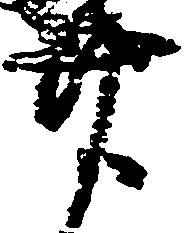
廿